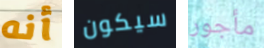
أنه سيكون مأجور